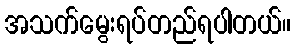
အသက်မွေးရပ်တည်ရပါတယ်။